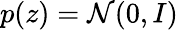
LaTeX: p(z)=\mathcal{N}(0,I)